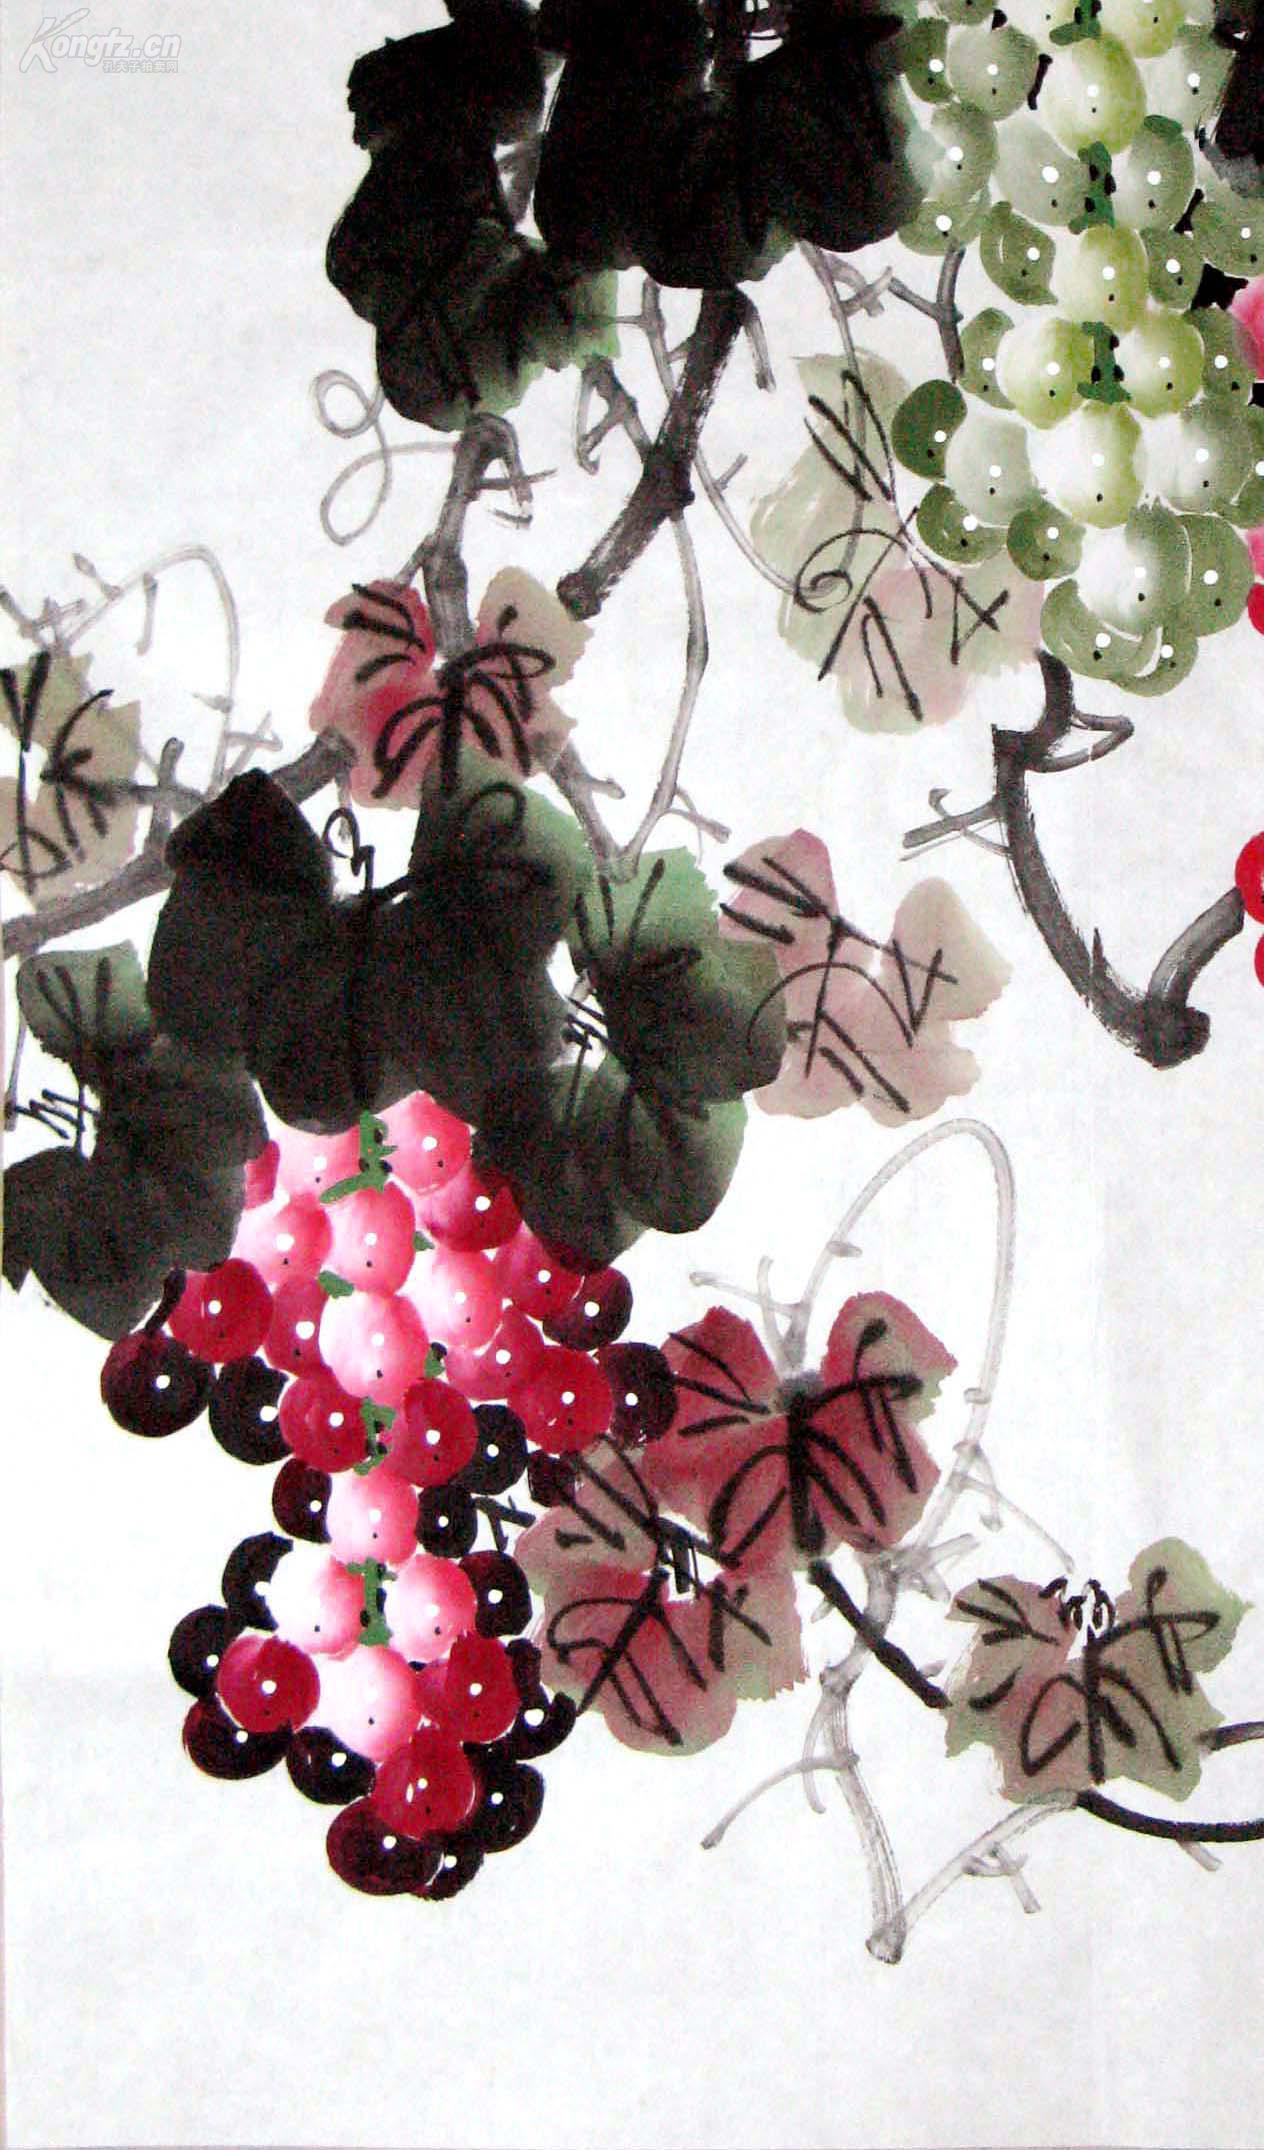
枝枝相覆盖，叶叶相交通。